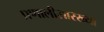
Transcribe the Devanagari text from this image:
प्रणालीसारख्या